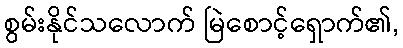
စွမ်းနိုင်သလောက် မြဲစောင့်ရှောက်၏,